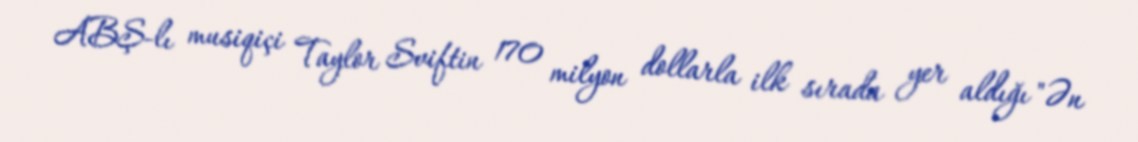
ABŞ-lı musiqiçi Taylor Sviftin 170 milyon dollarla ilk sırada yer aldığı "Ən